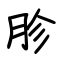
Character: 胗